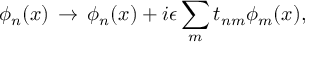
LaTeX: \phi _ { n } ( x ) \, \rightarrow \, \phi _ { n } ( x ) + i \epsilon \sum _ { m } t _ { n m } \phi _ { m } ( x ) ,